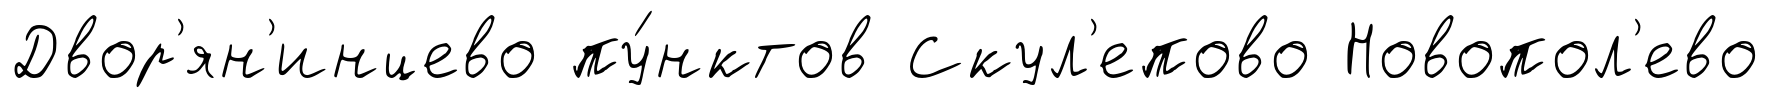
Двор'ян'инцево пу́нктов Скул'епово Новопол'ево